画像に写った文字を読んでください
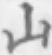
「山」と書いてあります